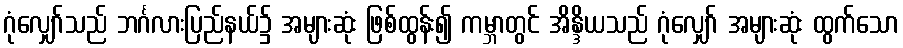
ဂုံလျှော်သည် ဘင်္ဂလားပြည်နယ်၌ အများဆုံး ဖြစ်ထွန်း၍ ကမ္ဘာတွင် အိန္ဒိယသည် ဂုံလျှော် အများဆုံး ထွက်သော